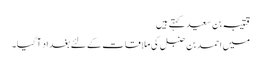
قتیبہ بن سعید کہتے ہیں
میں احمد بن حنبل کی ملاقات کے لئے بغداد آگیا۔